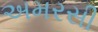
અમરસી